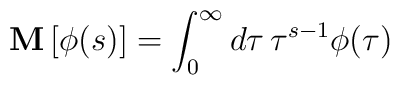
\mathbf{M} \,[ \phi(s)] =   \int_0^{\infty} d \tau \,\tau^{s-1}  \phi  (\tau)